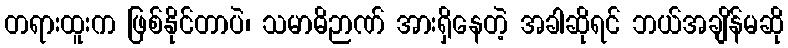
တရားထူးက ဖြစ်နိုင်တာပဲ၊ သမာဓိဉာဏ် အားရှိနေတဲ့ အခါဆိုရင် ဘယ်အချိန်မဆို